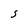
Character: s